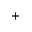
^ +